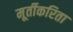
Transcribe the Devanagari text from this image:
मूर्तीकरिता